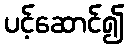
ပင့်ဆောင်၍